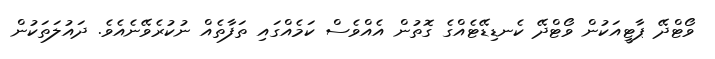
ވޯޓްދޭ ޕާޓީއަކުން ވޯޓްދޭ ކެނޑިޑޭޓެއްގެ ގޮތުން އެއްވެސް ކަމެއްގައި ތަފާތެއް ނުކުރެވޭނެއެވެ. ދައުލަތަކުން